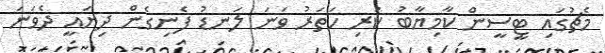
މެޗުގައި ޓީސީން ކާމިޔާބު ކުރި ހަތަރު ވަނަ ލަނޑު ފެނިގެން ދިޔައީ ދެވަނަ